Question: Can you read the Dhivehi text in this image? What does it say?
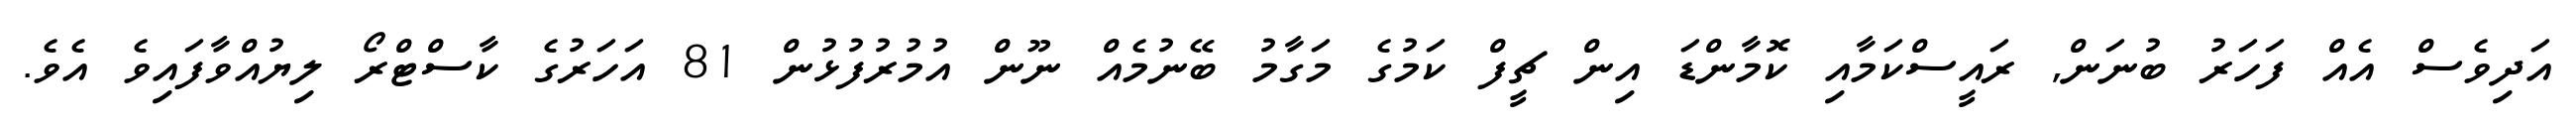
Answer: އަދިވެސް އެއް ފަހަރު ބުނަން, ރައީސްކަމާއި ކޮމާންޑަ އިން ޗީފް ކަމުގެ މަގާމު ބޭނުމެއް ނޫން އުމުރުފުޅުން 81 އަހަރުގެ ކާސްޓްރޯ ލިޔުއްވާފައިވެ އެވެ.